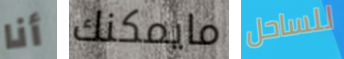
أنا مايمكنك للساحل